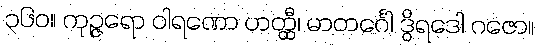
၃၆၀။ ကုဉ္ဇရော ဝါရဏော ဟတ္ထီ၊ မာတင်္ဂေါ ဒွိရဒေါ ဂဇော။